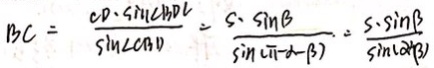
B C = \frac { C D \cdot \sin \angle B D L } { \sin \angle C B D } = \frac { S \cdot \sin B } { \sin ( \pi - \alpha - \beta ) } = \frac { S \cdot \sin \beta } { \sin ( \alpha + \beta ) }